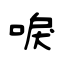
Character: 唳